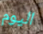
اليوم